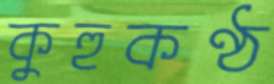
কুহুকণ্ঠ